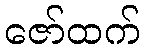
ဇော်ထက်